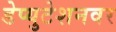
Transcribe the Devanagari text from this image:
डेप्युटेशनवर